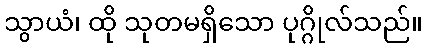
သွာယံ၊ ထို သုတမရှိသော ပုဂ္ဂိုလ်သည်။